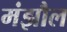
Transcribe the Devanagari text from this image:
मंझौल